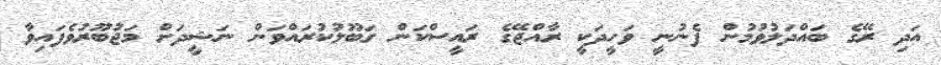
އަދި ރޭގެ ބައްދަލުވުމުން ފެނުނީ ވަހީދަކީ ރާއްޖޭގެ ރައީސްކަން ގަބޫލުކުރައްވަން ނަޝީދަށް މަޖުބޫރުވެފައިވާ